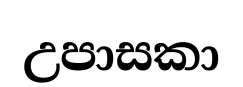
උපාසකා